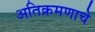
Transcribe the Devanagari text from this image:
अतिक्रमणाचे